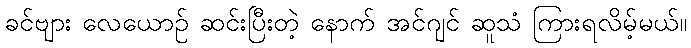
ခင်ဗျား လေယောဉ် ဆင်းပြီးတဲ့ နောက် အင်ဂျင် ဆူသံ ကြားရလိမ့်မယ်။